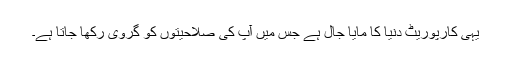
یہی کارپوریٹ دنیا کا مایا جال ہے جس میں آپ کی صلاحیتوں کو گروی رکھا جاتا ہے۔